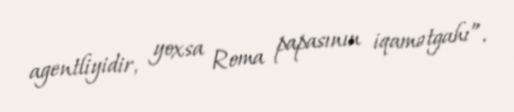
agentliyidir, yoxsa Roma papasının iqamətgahı”.